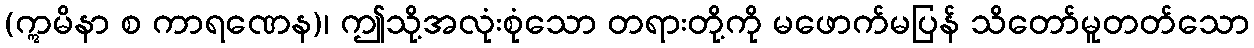
(ဣမိနာ စ ကာရဏေန)၊ ဤသို့အလုံးစုံသော တရားတို့ကို မဖောက်မပြန် သိတော်မူတတ်သော